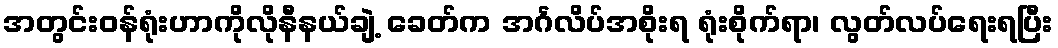
အတွင်းဝန်ရုံးဟာကိုလိုနီနယ်ချဲ့ ခေတ်က အင်္ဂလိပ်အစိုးရ ရုံးစိုက်ရာ၊ လွတ်လပ်ရေးရပြီး